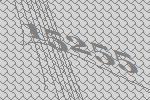
15255